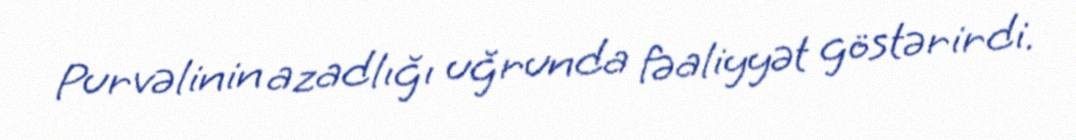
Purvəlinin azadlığı uğrunda fəaliyyət göstərirdi.